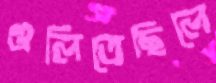
গুলিতেছিলে